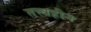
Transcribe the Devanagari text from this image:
तत्त्वहीन